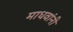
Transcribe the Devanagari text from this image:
माधवांनी